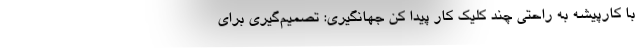
با کارپیشه به راحتی چند کلیک کار پیدا کن جهانگیری: تصمیم‌گیری برای